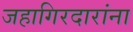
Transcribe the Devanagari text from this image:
जहागिरदारांना